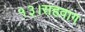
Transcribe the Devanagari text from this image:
१३।सहवाग